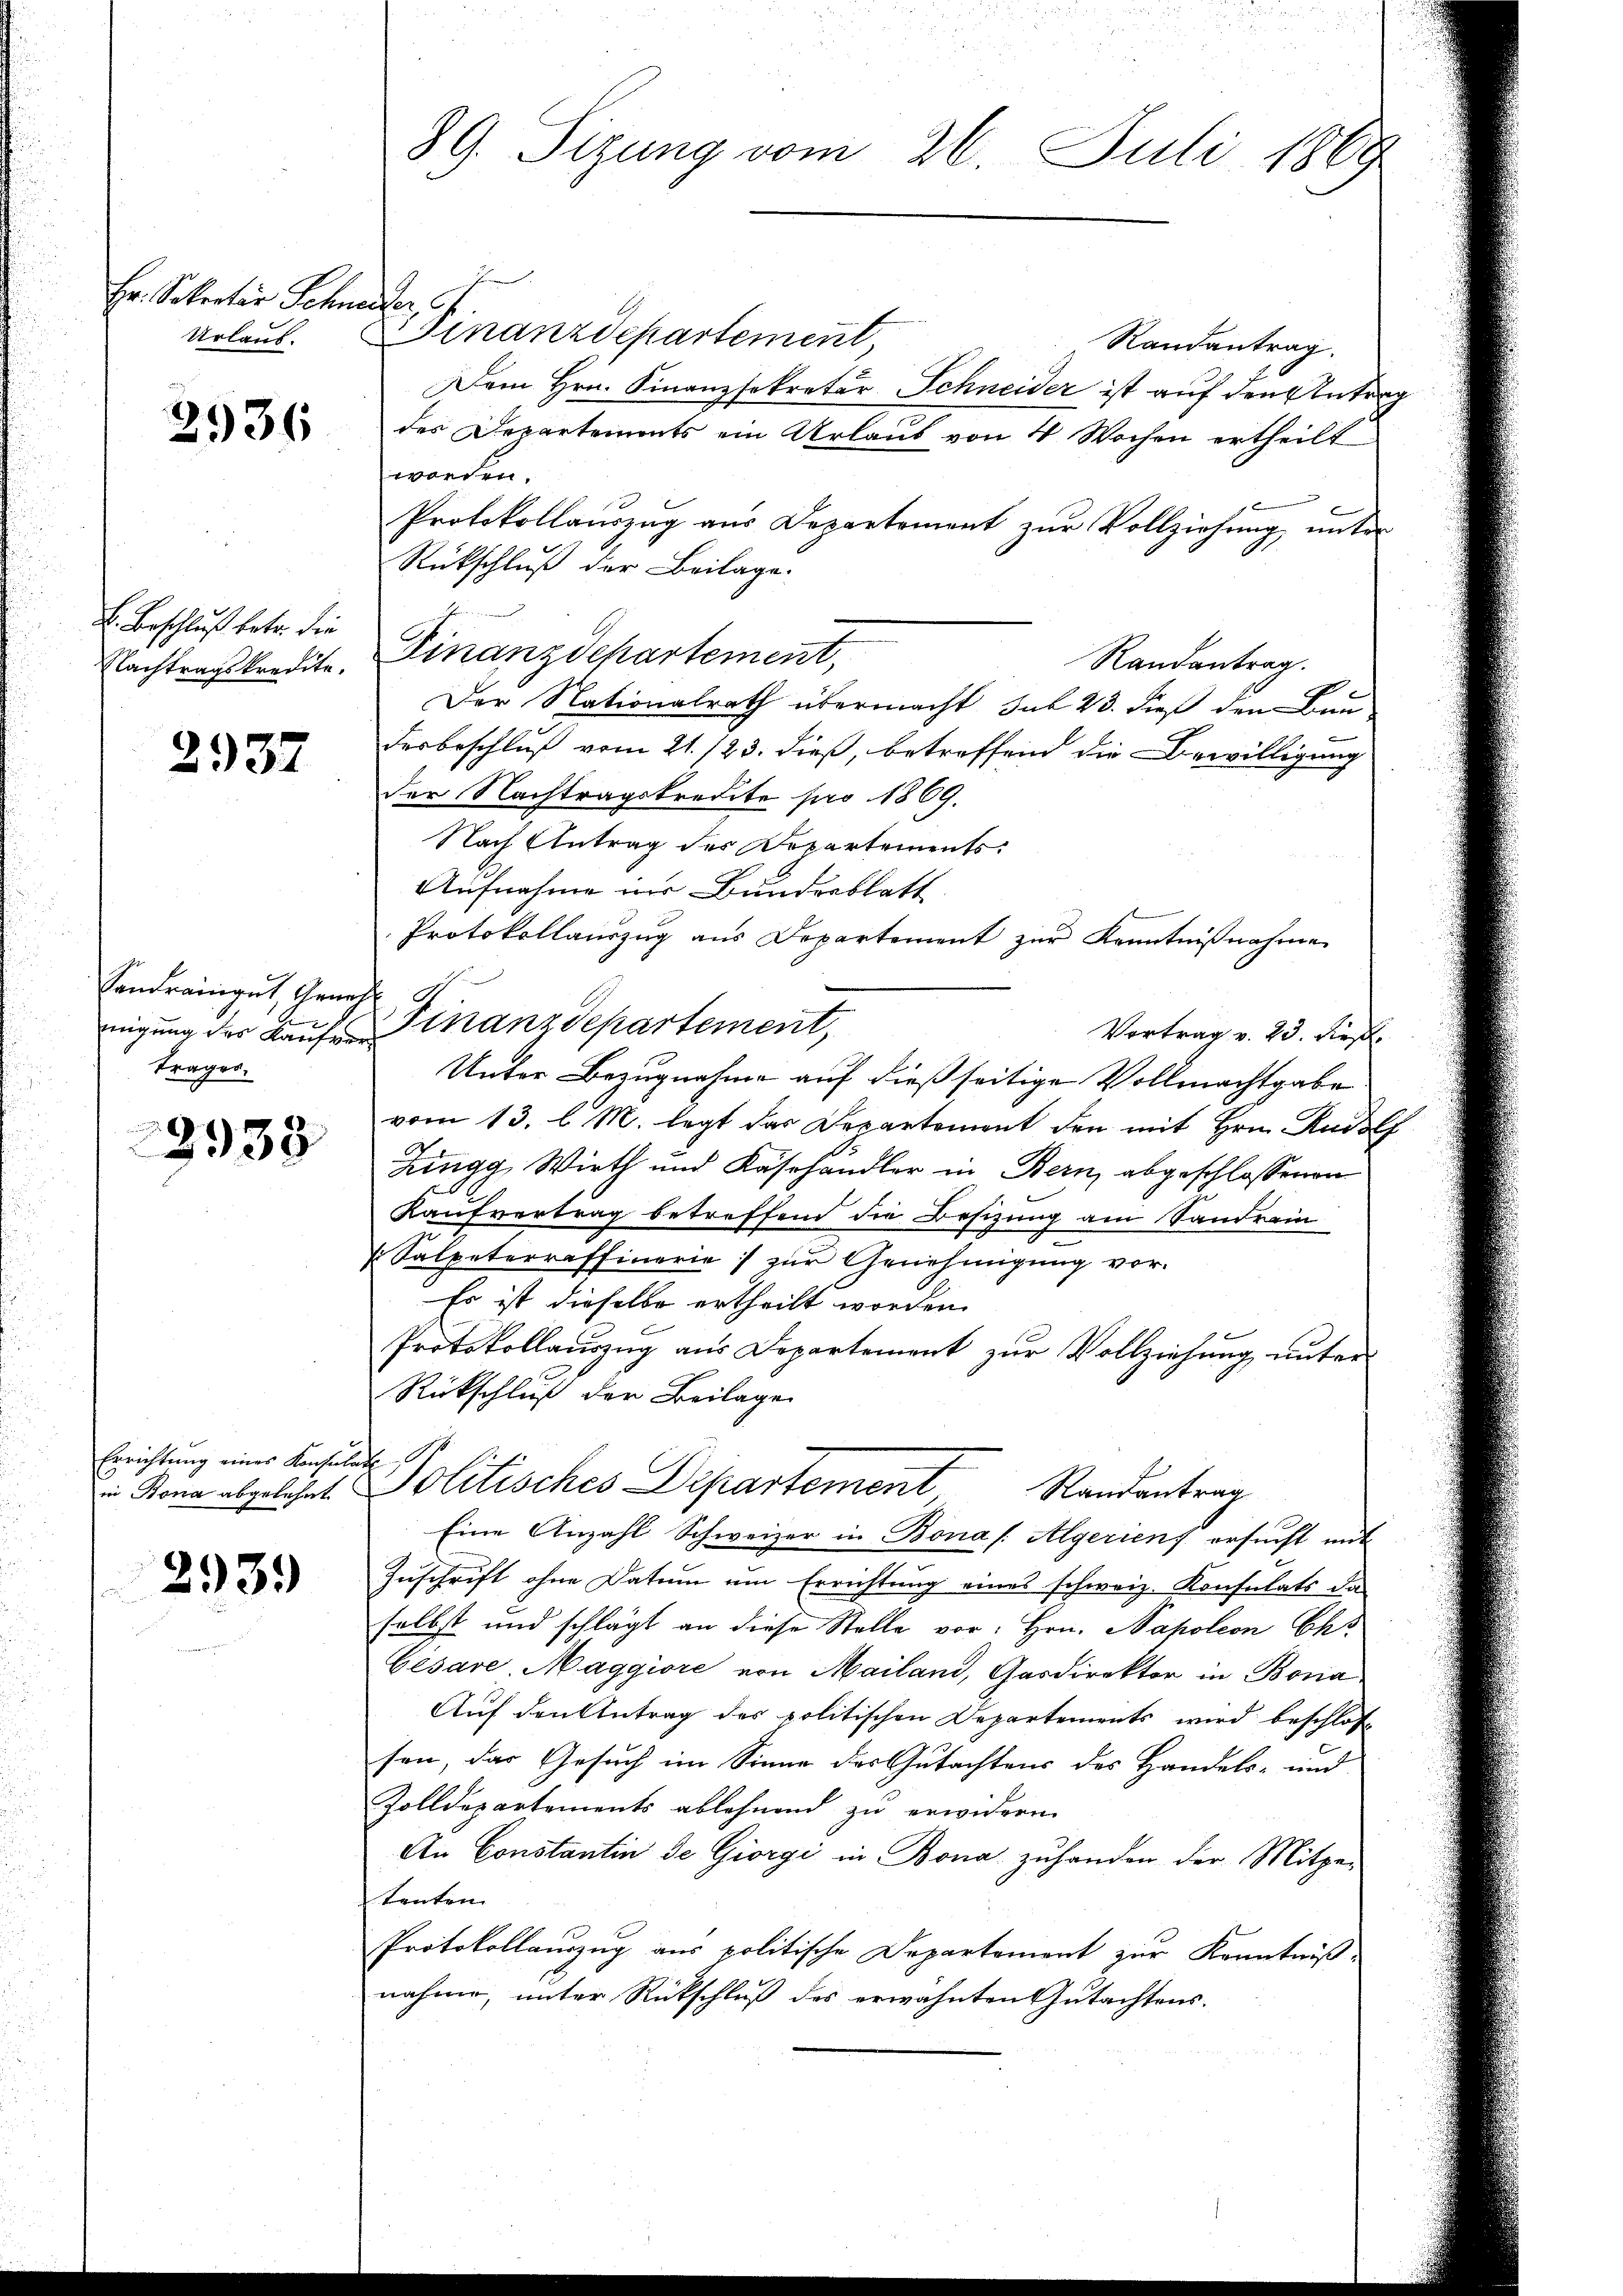
Hr. Sekretär Schneider
Urlaub.

2936

B. Beschluß betr. die
Nachtragskredite.

2937

Sandrain gut, Geneh
trages,

3933

Errichtung eines Konsulat s
in Bona abgelehnt

2939

89. Sitzung vom 26. Juli 1869.

Finanzdepartement
Randantrag.
Dem Hrn. Finanzsekretär Schneider ist auf den Antrag
des Departements ein Urlaub von 4 Wochen ertheilt
worden.
Protokollauszug aus Departement zur Vollziehung unter
Rückschluß der Beilage.
Finanzdepartement,
Randantrag.
Der Nationalrath übermacht sub 23. dieß den Bau-
desbeschluß vom 21./23. dieß, betreffend die Bewilligung
der Nachtragskredite pro 1869.
Nach Antrag des Departements:
Aufnahme der Bundesblatt
Protokollauszug aus Departement zur Kenntnißnahme
Vortrag v. 23. dies
Unter Bezugnahme auf dießseitige Vollmachtgabe
vom 13. l. M. legt das Departement den mit Hrn. Rudolf
Zingg, Wirth und Käshändler in Bern, abgeschlossenen
Kaufvertrag betreffend die Besizung am Sandrain
d
 Salpeterraffinorie zur Genehmigung vor.
Es ist dieselbe ertheilt worden.
Protokollauszug aus Departement zur Vollziehung unter
Rückschluß der Beilage
Politisches Departement
Randantrag
Eine Anzahl Schweizer in Bona /: Algerien ersucht mit
Zuschrift ohne Datum am Errichtung eines schweiz. Konsulats da
selbst und schlägt an diese Stelle vor. Hrn. Napoleon Eh
Gésare Maggiore von Mailand, Gasdirektor in Boria
Auf den Antrag des politischen Departements wird beschlos
sen, das Gesuch im Sinne des Gutachtens des Handels- und
Zolldepartements ablehnend zu erwidern.
An Constantin de Giorgi in Bona zuhanden der Mitge-
tenten.
Protokollauszug aus politische Departement zur Kenntniß-
nahme, unter Rückschluß des erwähnten Gutachtens.

nigung der Kauf Finanzdepartement,